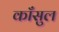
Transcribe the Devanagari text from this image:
काँसुल